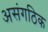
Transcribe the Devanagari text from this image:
असंगठिक